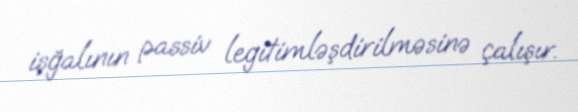
işğalının passiv legitimləşdirilməsinə çalışır.